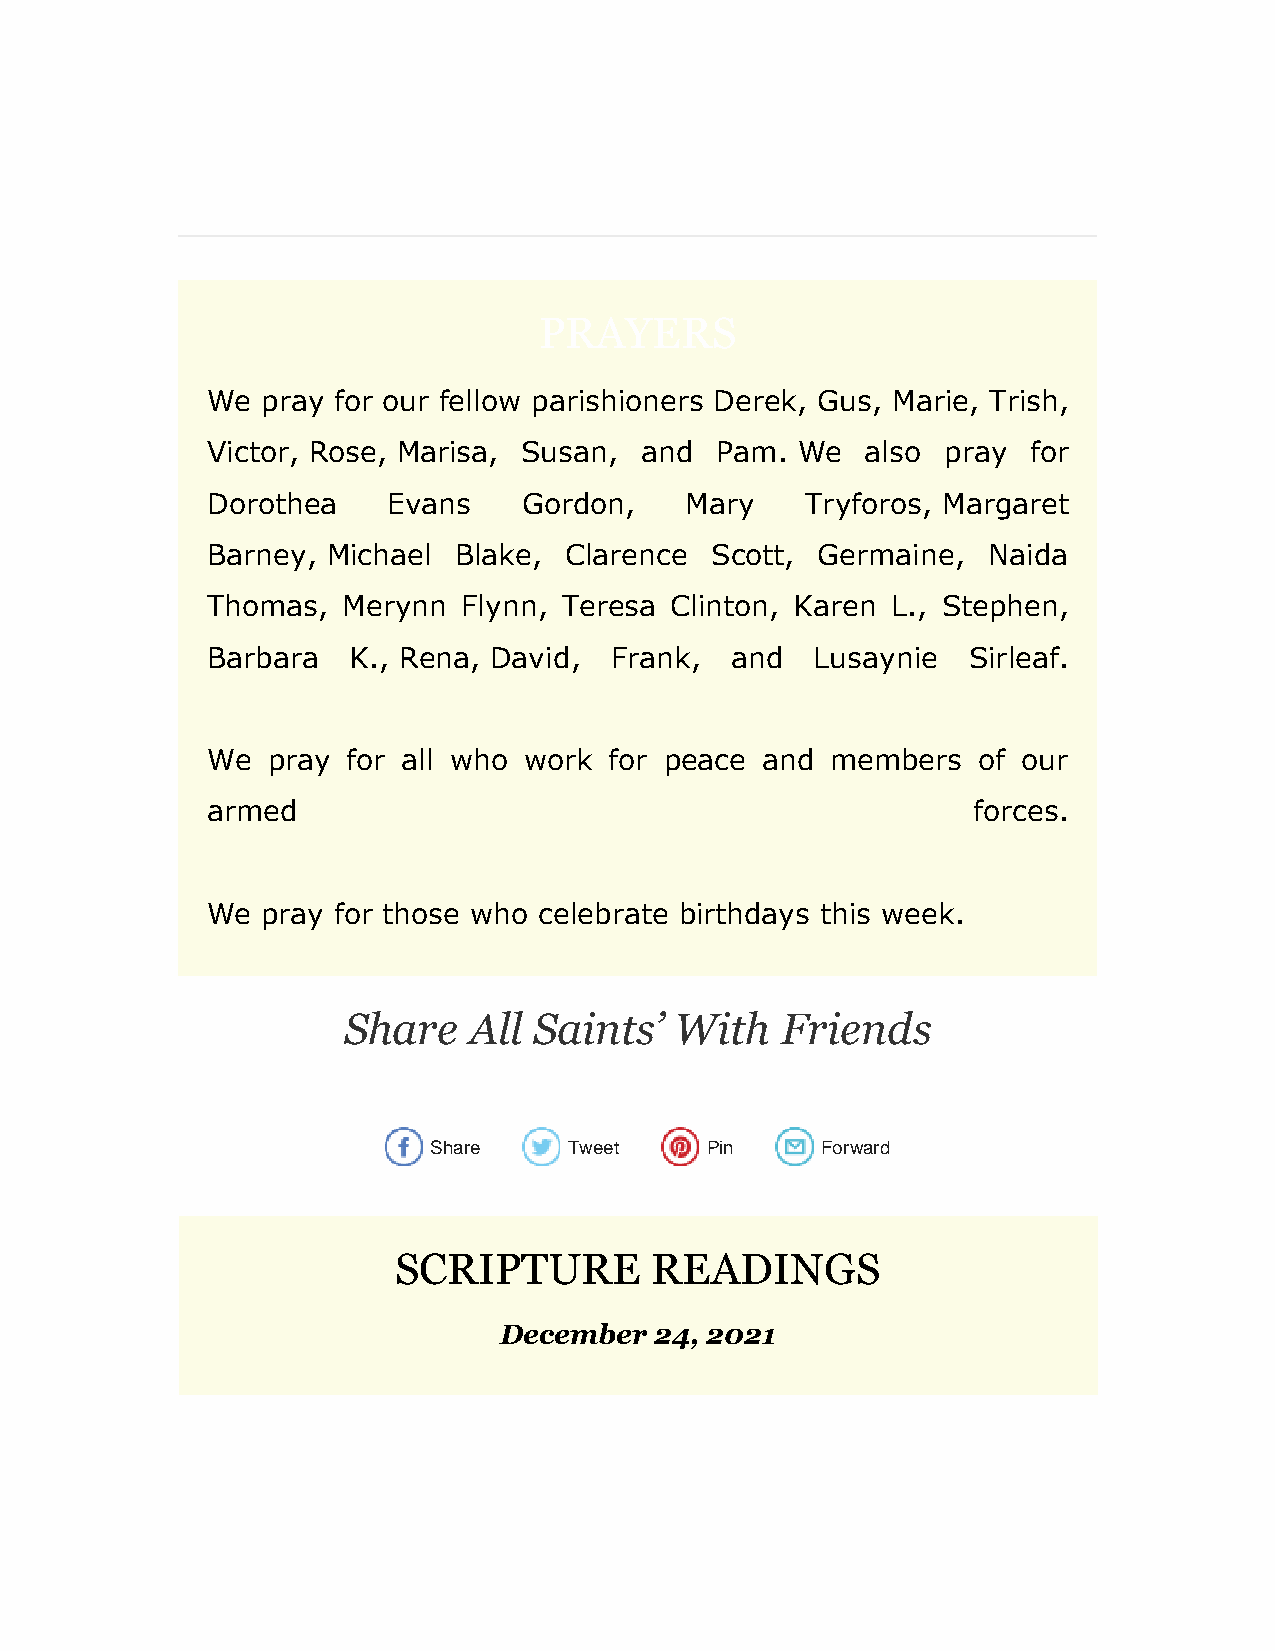
PRAYERS
 We pray for our fellow parishioners Derek, Gus, Marie, Trish,
 Victor, Rose, Marisa, Susan, and Pam.  We  also  pray for
 Dorothea    Evans    Gordon,   Mary    Tryforos, Margaret
 Barney, Michael Blake, Clarence  Scott, Germaine,  Naida
 Thomas,  Merynn  Flynn, Teresa Clinton, Karen L., Stephen,
 Barbara  K., Rena, David, Frank,  and   Lusaynie  Sirleaf.
 We  pray for all who work for peace and  members   of our
 armed                                             forces.
 We pray for those who celebrate birthdays this week.
 Share   All Saints’   With   Friends
 Share     Tweet    Pin    Forward
 SCRIPTURE        READINGS
 December  24, 2021